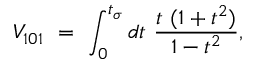
V _ { 1 0 1 } ~ = ~ \int _ { 0 } ^ { t _ { \sigma } } { d t } ~ \frac { t ~ ( 1 + t ^ { 2 } ) } { 1 - t ^ { 2 } } ,